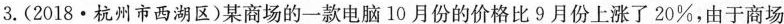
3. (2018·杭州市西湖区)某商场的一款电脑10月份的价格比9月份上涨了20\%，由于商场